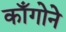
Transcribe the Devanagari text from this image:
काँगोने